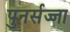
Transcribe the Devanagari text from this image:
पुनर्सज्जा